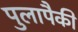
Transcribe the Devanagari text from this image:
पुलापैकी